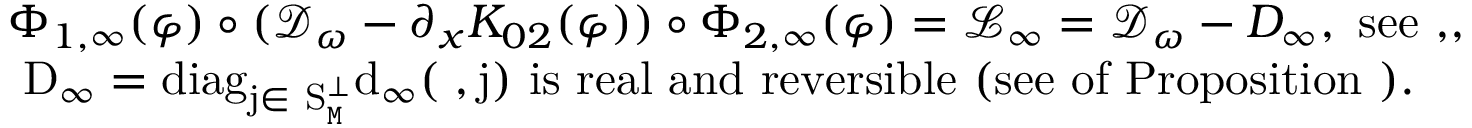
\begin{array} { r l } & { \Phi _ { 1 , \infty } ( \varphi ) \circ ( \mathcal { D } _ { \omega } - \partial _ { x } K _ { 0 2 } ( \varphi ) ) \circ \Phi _ { 2 , \infty } ( \varphi ) = \mathcal { L } _ { \infty } = \mathcal { D } _ { \omega } - D _ { \infty } , \mathrm { ~ s e e ~ , } , } \\ & { \mathrm { ~ D _ \infty = \mathrm { d i a g } _ { j \in ~ S ^ \perp _ { \mathtt { M } } } d _ \infty ( \omega , j ) ~ i s ~ r e a l ~ a n d ~ r e v e r s i b l e ~ ( s e e ~ o f ~ P r o p o s i t i o n ~ ) } . } \end{array}